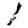
Digit: 1